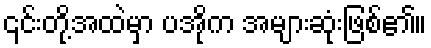
၎င်းတို့အထဲမှာ ပအိုက အများဆုံးဖြစ်၏။